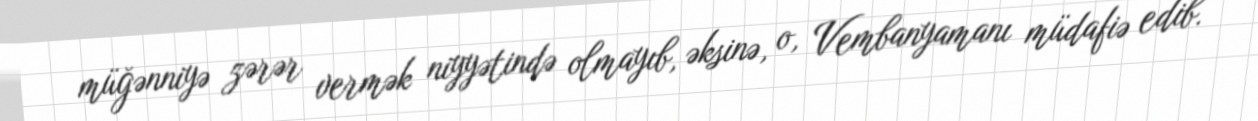
müğənniyə zərər vermək niyyətində olmayıb, əksinə, o, Vembanyamanı müdafiə edib.